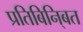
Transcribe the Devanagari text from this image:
प्रतिबिनि्बत